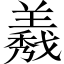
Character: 𦏁